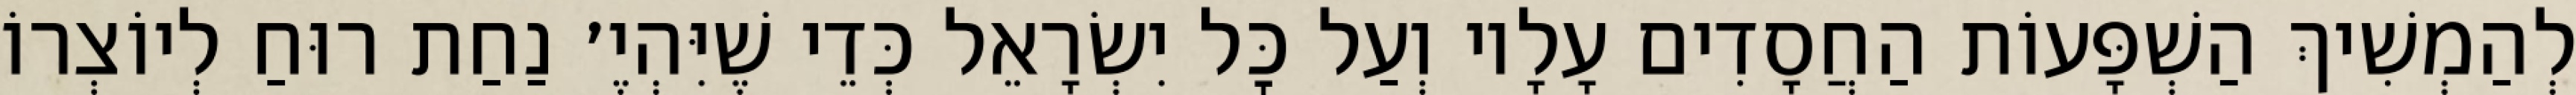
לְהַמְשִׁיךְ הַשְׁפָּעוֹת הַחֲסָדִים עָלָיו וְעַל כׇּל יִשְׂרָאֵל כְּדֵי שֶׁיִּהְיֶ׳ נַחַת רוּחַ לְיוֹצְרוֹ